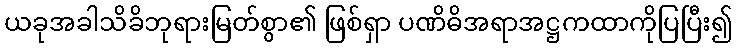
ယခုအခါသိခိဘုရားမြတ်စွာ၏ ဖြစ်ရှာ ပဏိဓိအရာအဋ္ဌကထာကိုပြပြီး၍